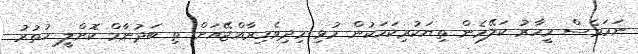
ނަމަވެސް މީހާރު ކަލޭމެން ތިޔަކުރިކަމަކުން މުޅި މިދިވެހިރާއްޖޭއަށް ތި ބަދުނާމް ކޮށްލީ ހުތުރު